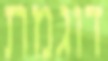
דוגמת